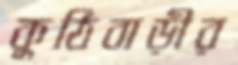
কুঠিবাড়ীর